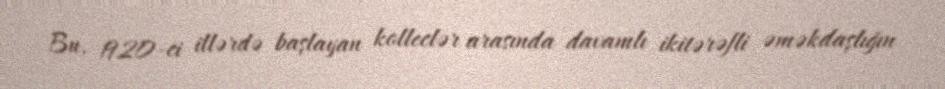
Bu, 1920-ci illərdə başlayan kolleclər arasında davamlı ikitərəfli əməkdaşlığın